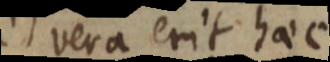
vera erit haec